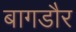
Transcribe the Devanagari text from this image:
बागडौर